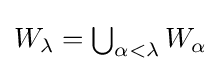
{\textstyle W_{\lambda }=\bigcup _{\alpha <\lambda }W_{\alpha }}